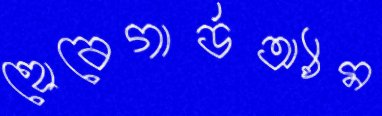
হোবেগার্ডঅ্যাম